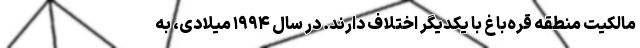
مالکیت منطقه قره‌باغ با یکدیگر اختلاف دارند. در سال ۱۹۹۴ میلادی، به